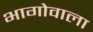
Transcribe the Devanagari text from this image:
भागोवाला